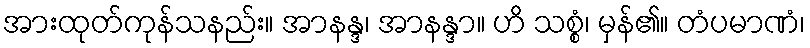
အားထုတ်ကုန်သနည်း။ အာနန္ဒ၊ အာနန္ဒာ။ ဟိ သစ္စံ၊ မှန်၏။ တံပမာဏံ၊